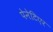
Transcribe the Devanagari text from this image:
पेनेटिएर